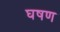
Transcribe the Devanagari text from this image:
घषण